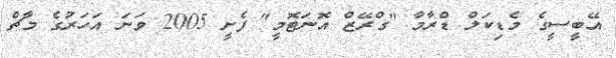
އޭބީސީގެ މެޑިކަލް ޑްރާމާ "ގްރޭޒް އޮނަޓޮމީ" ފެށީ 2005 ވަނަ އަހަރުގެ މާޗް